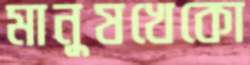
মানুষখেকো